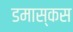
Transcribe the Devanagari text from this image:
डमास्कस